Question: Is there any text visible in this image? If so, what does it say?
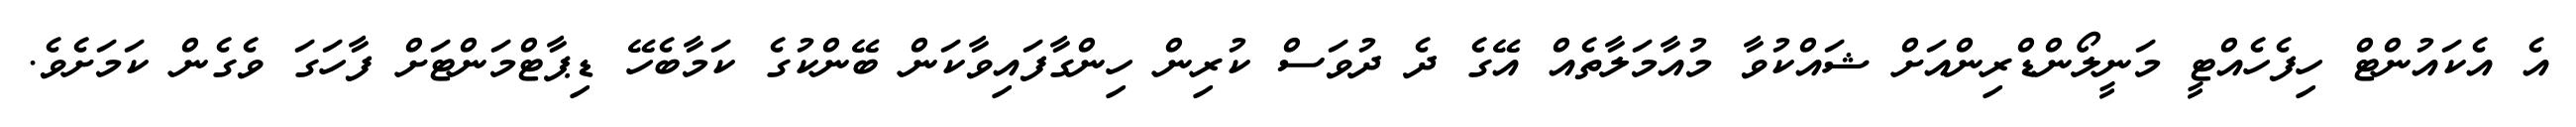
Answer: އެ އެކައުންޓް ހިފެހެއްޓީ މަނީލޯންޑްރިންއަށް ޝައްކުވާ މުއާމަލާތެއް އޭގެ ދެ ދުވަސް ކުރިން ހިންގާފައިވާކަން ބޭންކުގެ ކަމާބެހޭ ޑިޕާޓްމަންޓަށް ފާހަގަ ވެގެން ކަމަށެވެ.